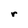
Character: r